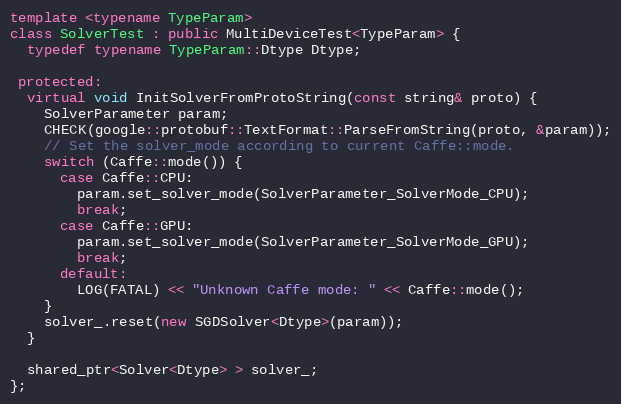
Language: C++
template <typename TypeParam>
class SolverTest : public MultiDeviceTest<TypeParam> {
  typedef typename TypeParam::Dtype Dtype;

 protected:
  virtual void InitSolverFromProtoString(const string& proto) {
    SolverParameter param;
    CHECK(google::protobuf::TextFormat::ParseFromString(proto, &param));
    // Set the solver_mode according to current Caffe::mode.
    switch (Caffe::mode()) {
      case Caffe::CPU:
        param.set_solver_mode(SolverParameter_SolverMode_CPU);
        break;
      case Caffe::GPU:
        param.set_solver_mode(SolverParameter_SolverMode_GPU);
        break;
      default:
        LOG(FATAL) << "Unknown Caffe mode: " << Caffe::mode();
    }
    solver_.reset(new SGDSolver<Dtype>(param));
  }

  shared_ptr<Solver<Dtype> > solver_;
};